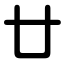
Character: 廿